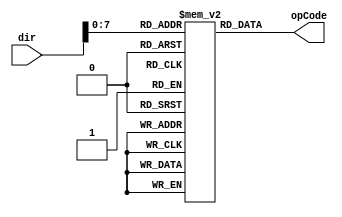
// Wilfer Daniel Ciro Maya - 2023

module flash(dir, opCode);
	// parameters definitions
	parameter BUS_SIZE = 32;
	parameter DIR_SIZE = 32;
	parameter OPC_SIZE = BUS_SIZE;
	
	parameter MEM_SIZE = 255;
	
	// inputs declarations
	input [DIR_SIZE - 1 : 0] dir;
	
	// outputs declarations
	output [OPC_SIZE - 1 : 0] opCode;
	
	// firmware, change for the correct firmware to exec
	reg [OPC_SIZE - 1 : 0] ROM [0 : MEM_SIZE];
	initial
	begin
		//$readmemb("/home/ciro/Documents/Universidad/Semestre9/DDA/ROMMicro.mem", ROM);
		
		ROM[0] = 32'b001111_00000_00001_00000_00000000001; // LUI reg1 = 1 -> para asignar a la salida
		// Assign ports positions
		ROM[1] = 32'b001111_00000_00010_00000_00000000010; // LUI reg2 = 2
		ROM[2] = 32'b001111_00000_00011_00000_00000000011; // LUI reg3 = 3
		ROM[3] = 32'b001111_00000_00100_00000_00000000100; // LUI reg4 = 4
		ROM[4] = 32'b001111_00000_00101_00000_00000000101; // LUI reg5 = 5
		ROM[5] = 32'b001111_00000_00110_00000_00000000110; // LUI reg6 = 6
		ROM[6] = 32'b001111_00000_00111_00000_00000000111; // LUI reg7 = 7
		
		
		ROM[7] = 32'b001111_00000_01000_00000_00000001000; // LUI reg8 = 8 -> pin entrada 8
		ROM[8] = 32'b001111_00000_01001_00000_00000001001; // LUI reg9 = 9 -> pin entrada 8
		ROM[9] = 32'b001111_00000_10001_00000_00000000000; // LUI reg17 = 0 -> para sumar de 0 - 9
		
		ROM[10] = 32'b001111_00000_11010_00000_00000000000; // LUI reg26 = 0 -> para sumar de 0 - 9
				
		/* DELAY TIME */
		ROM[11] = 32'b001111_00000_01011_01111_11111111111; // LUI reg11 = max -> para delay
		
		ROM[12] = 32'b001111_00000_10101_00000_00000000000; // LUI reg21 = 0 -> para delay
		ROM[13] = 32'b001111_00000_10110_00000_00001111111; // LUI reg22 = 21 -> para delay		
		ROM[14] = 32'b000000_00000_00000_00000_00000000000; // NOP
		ROM[15] = 32'b000000_00000_00000_00000_00000000000; // NOP		
		ROM[16] = 32'b001000_10101_10101_00000_00000000001; // reg21 ++	
		ROM[17] = 32'b001000_01011_01011_01111_11111111111; // Reg11 += Reg11
		ROM[18] = 32'b000000_00000_00000_00000_00000000000; // NOP
		ROM[19] = 32'b000000_00000_00000_00000_00000000000; // NOP
		ROM[20] = 32'b000000_00000_00000_00000_00000000000; // NOP
		ROM[21] = 32'b000100_10101_10110_0000000000000011; // BEQ reg21 == reg22 (2) -> Ir a encender
		ROM[22] = 32'b000010_11111_11111_1111111111111001; // Jump (-7)	
		ROM[23] = 32'b000000_00000_00000_00000_00000000000; // NOP
		
	
		/* IDLE */
		ROM[24] = 32'b000000_00000_00000_00000_00000000000; // NOP
		ROM[25] = 32'b000000_00000_00000_00000_00000000000; // NOP		
		ROM[26] = 32'b100011_01000_10000_00000_00000000000; // Reg16 = read_pin_8 (reg2)
		ROM[27] = 32'b000000_00000_00000_00000_00000000000; // NOP
		ROM[28] = 32'b000000_00000_00000_00000_00000000000; // NOP
		ROM[29] = 32'b000000_00000_00000_00000_00000000000; // NOP
		ROM[30] = 32'b000100_00001_10000_0000000000000100; // BEQ reg1 == reg16 (3) -> ir a aumentar
		ROM[31] = 32'b000000_00000_00000_00000_00000000000; // NOP
		ROM[32] = 32'b000010_11111_11111_1111111111111001; // Jump (-7)
		ROM[33] = 32'b000000_00000_00000_00000_00000000000; // NOP
		
		/* DELAY */
		ROM[34] = 32'b001111_00000_01010_00000_00000000000; // LUI reg10 = 0 -> para delay		
		
		ROM[35] = 32'b000000_00000_00000_00000_00000000000; // NOP
		ROM[36] = 32'b000000_00000_00000_00000_00000000000; // NOP
		ROM[37] = 32'b000000_00000_00000_00000_00000000000; // NOP
		
		ROM[38] = 32'b001000_01010_01010_00000_00000000001; // Reg10 ++
		
		ROM[39] = 32'b000000_00000_00000_00000_00000000000; // NOP
		ROM[40] = 32'b000000_00000_00000_00000_00000000000; // NOP
		ROM[41] = 32'b000000_00000_00000_00000_00000000000; // NOP
		ROM[42] = 32'b000100_01011_01010_0000000000000011; // BEQ reg10 == reg11 (2) -> Ir a encender
		ROM[43] = 32'b000010_11111_11111_1111111111111001; // Jump (-7)	
		ROM[44] = 32'b000000_00000_00000_00000_00000000000; // NOP
		
		/*	Aumentar y Encender */
		ROM[45] = 32'b001000_10001_10001_00000_00000000001; // Reg17 ++		
		ROM[46] = 32'b000000_00000_00000_00000_00000000000; // NOP
		ROM[47] = 32'b000000_00000_00000_00000_00000000000; // NOP
		ROM[48] = 32'b000000_00000_00000_00000_00000000000; // NOP
		
		// if 0
		ROM[49] = 32'b000100_00000_10001_0000000000010100; // BEQ reg17 == reg0 (20) / enciende 0
		ROM[50] = 32'b000000_00000_00000_00000_00000000000; // NOP
		
		// if 1
		ROM[51] = 32'b000100_00001_10001_0000000000011011; // BEQ reg17 == reg1 (27) / enciende 1
		ROM[52] = 32'b000000_00000_00000_00000_00000000000; // NOP
		
		// if 2
		ROM[53] = 32'b000100_00010_10001_0000000000100010; // BEQ reg17 == reg2 (34) / enciende 2
		ROM[54] = 32'b000000_00000_00000_00000_00000000000; // NOP
		
		// if 3
		ROM[55] = 32'b000100_00011_10001_0000000000101001; // BEQ reg17 == reg3 (41) / enciende 3
		ROM[56] = 32'b000000_00000_00000_00000_00000000000; // NOP
		
		// if 4
		ROM[57] = 32'b000100_00100_10001_0000000000110000; // BEQ reg17 == reg4 (48) / enciende 3
		ROM[58] = 32'b000000_00000_00000_00000_00000000000; // NOP
		
		// if 5
		ROM[59] = 32'b000100_00101_10001_0000000000110111; // BEQ reg17 == reg5 (55) / enciende 3
		ROM[60] = 32'b000000_00000_00000_00000_00000000000; // NOP
		
		// if 6
		ROM[61] = 32'b000100_00110_10001_0000000000111110; // BEQ reg17 == reg6 (62) / enciende 3
		ROM[62] = 32'b000000_00000_00000_00000_00000000000; // NOP
	
		// if 7
		ROM[63] = 32'b000100_00111_10001_0000000001000101; // BEQ reg17 == reg7 (69) / enciende 3
		ROM[64] = 32'b000000_00000_00000_00000_00000000000; // NOP
	
		// if 8
		ROM[65] = 32'b000100_01000_10001_0000000001001100; // BEQ reg17 == reg8 (76) / enciende 3
		ROM[66] = 32'b000000_00000_00000_00000_00000000000; // NOP
		
		// if 9
		ROM[67] = 32'b000100_01001_10001_0000000001010011; // BEQ reg17 == reg9 (83) / enciende 3
		ROM[68] = 32'b000000_00000_00000_00000_00000000000; // NOP
		
				
		/* Encender */
		// el 0
		ROM[69] = 32'b101011_00000_00001_00000_00000000000; // port0 = reg1
		ROM[70] = 32'b101011_00001_00001_00000_00000000000; // port1 = reg1
		ROM[71] = 32'b101011_00010_00001_00000_00000000000; // port2 = reg1
		ROM[72] = 32'b101011_00011_00001_00000_00000000000; // port3 = reg1
		ROM[73] = 32'b101011_00100_00001_00000_00000000000; // port4 = reg1
		ROM[74] = 32'b101011_00101_00001_00000_00000000000; // port5 = reg1
		ROM[75] = 32'b101011_00110_00000_00000_00000000000; // port6 = reg0
		
		ROM[76] = 32'b000010_11111_11111_1111111111001100; // Jump (-52)
			
		ROM[77] = 32'b000000_00000_00000_00000_00000000000; // NOP
		
		// el 1
		ROM[78] = 32'b101011_00000_00000_00000_00000000000; // port0 = reg0
		ROM[79] = 32'b101011_00001_00001_00000_00000000000; // port1 = reg0
		ROM[80] = 32'b101011_00010_00001_00000_00000000000; // port2 = reg1
		ROM[81] = 32'b101011_00011_00000_00000_00000000000; // port3 = reg1
		ROM[82] = 32'b101011_00100_00000_00000_00000000000; // port4 = reg1
		ROM[83] = 32'b101011_00101_00000_00000_00000000000; // port5 = reg1
		ROM[84] = 32'b101011_00110_00000_00000_00000000000; // port6 = reg1		
		ROM[85] = 32'b000010_11111_11111_1111111111000011; // Jump (-61)			
		ROM[86] = 32'b000000_00000_00000_00000_00000000000; // NOP
	
		// el 2
		ROM[87] = 32'b101011_00000_00001_00000_00000000000; // port7 = reg0
		ROM[88] = 32'b101011_00001_00001_00000_00000000000; // port1 = reg0
		ROM[89] = 32'b101011_00010_00000_00000_00000000000; // port2 = reg1
		ROM[90] = 32'b101011_00011_00001_00000_00000000000; // port3 = reg1
		ROM[91] = 32'b101011_00100_00001_00000_00000000000; // port4 = reg1
		ROM[92] = 32'b101011_00101_00000_00000_00000000000; // port5 = reg1
		ROM[93] = 32'b101011_00110_00001_00000_00000000000; // port6 = reg1
		
		ROM[94] = 32'b000010_11111_11111_1111111110111010; // Jump (-70)
			
		ROM[95] = 32'b000000_00000_00000_00000_00000000000; // NOP
		
		// el 3
		ROM[96] = 32'b101011_00000_00001_00000_00000000000; // port7 = reg0
		ROM[97] = 32'b101011_00001_00001_00000_00000000000; // port1 = reg0
		ROM[98] = 32'b101011_00010_00001_00000_00000000000; // port2 = reg1
		ROM[99] = 32'b101011_00011_00001_00000_00000000000; // port3 = reg1
		ROM[100] = 32'b101011_00100_00000_00000_00000000000; // port4 = reg1
		ROM[101] = 32'b101011_00101_00000_00000_00000000000; // port5 = reg1
		ROM[102] = 32'b101011_00110_00001_00000_00000000000; // port6 = reg1		
		ROM[103] = 32'b000010_11111_11111_1111111110110001; // Jump (-79)			
		ROM[104] = 32'b000000_00000_00000_00000_00000000000; // NOP
		
		// el 4
		ROM[105] = 32'b101011_00000_00000_00000_00000000000; // port7 = reg0
		ROM[106] = 32'b101011_00001_00001_00000_00000000000; // port1 = reg0
		ROM[107] = 32'b101011_00010_00001_00000_00000000000; // port2 = reg1
		ROM[108] = 32'b101011_00011_00000_00000_00000000000; // port3 = reg1
		ROM[109] = 32'b101011_00100_00000_00000_00000000000; // port4 = reg1
		ROM[110] = 32'b101011_00101_00001_00000_00000000000; // port5 = reg1
		ROM[111] = 32'b101011_00110_00001_00000_00000000000; // port6 = reg1
		ROM[112] = 32'b000010_11111_11111_1111111110101000; // Jump (-88)			
		ROM[113] = 32'b000000_00000_00000_00000_00000000000; // NOP
		
		// el 5
		ROM[114] = 32'b101011_00000_00001_00000_00000000000; // port7 = reg0
		ROM[115] = 32'b101011_00001_00000_00000_00000000000; // port1 = reg0
		ROM[116] = 32'b101011_00010_00001_00000_00000000000; // port2 = reg1
		ROM[117] = 32'b101011_00011_00001_00000_00000000000; // port3 = reg1
		ROM[118] = 32'b101011_00100_00000_00000_00000000000; // port4 = reg1
		ROM[119] = 32'b101011_00101_00001_00000_00000000000; // port5 = reg1
		ROM[120] = 32'b101011_00110_00001_00000_00000000000; // port6 = reg1		
		ROM[121] = 32'b000010_11111_11111_1111111110011111; // Jump (-97)			
		ROM[122] = 32'b000000_00000_00000_00000_00000000000; // NOP
		
		// el 6
		ROM[123] = 32'b101011_00000_00001_00000_00000000000; // port7 = reg0
		ROM[124] = 32'b101011_00001_00000_00000_00000000000; // port1 = reg0
		ROM[125] = 32'b101011_00010_00001_00000_00000000000; // port2 = reg1
		ROM[126] = 32'b101011_00011_00001_00000_00000000000; // port3 = reg1
		ROM[127] = 32'b101011_00100_00001_00000_00000000000; // port4 = reg1
		ROM[128] = 32'b101011_00101_00001_00000_00000000000; // port5 = reg1
		ROM[129] = 32'b101011_00110_00001_00000_00000000000; // port6 = reg1		
		ROM[130] = 32'b000010_11111_11111_1111111110010110; // Jump (-106)			
		ROM[131] = 32'b000000_00000_00000_00000_00000000000; // NOP
		
		// el 7
		ROM[132] = 32'b101011_00000_00001_00000_00000000000; // port7 = reg0
		ROM[133] = 32'b101011_00001_00001_00000_00000000000; // port1 = reg0
		ROM[134] = 32'b101011_00010_00001_00000_00000000000; // port2 = reg1
		ROM[135] = 32'b101011_00011_00000_00000_00000000000; // port3 = reg1
		ROM[136] = 32'b101011_00100_00000_00000_00000000000; // port4 = reg1
		ROM[137] = 32'b101011_00101_00000_00000_00000000000; // port5 = reg1
		ROM[138] = 32'b101011_00110_00000_00000_00000000000; // port6 = reg1		
		ROM[139] = 32'b000010_11111_11111_1111111110001101; // Jump (-115)			
		ROM[140] = 32'b000000_00000_00000_00000_00000000000; // NOP
		
		// el 8
		ROM[141] = 32'b101011_00000_00001_00000_00000000000; // port7 = reg0
		ROM[142] = 32'b101011_00001_00001_00000_00000000000; // port1 = reg0
		ROM[143] = 32'b101011_00010_00001_00000_00000000000; // port2 = reg1
		ROM[144] = 32'b101011_00011_00001_00000_00000000000; // port3 = reg1
		ROM[145] = 32'b101011_00100_00001_00000_00000000000; // port4 = reg1
		ROM[146] = 32'b101011_00101_00001_00000_00000000000; // port5 = reg1
		ROM[147] = 32'b101011_00110_00001_00000_00000000000; // port6 = reg1		
		ROM[148] = 32'b000010_11111_11111_1111111110000100; // Jump (-124)			
		ROM[149] = 32'b000000_00000_00000_00000_00000000000; // NOP
		
		// el 9
		ROM[150] = 32'b101011_00000_00001_00000_00000000000; // port7 = reg0
		ROM[151] = 32'b101011_00001_00001_00000_00000000000; // port1 = reg0
		ROM[152] = 32'b101011_00010_00001_00000_00000000000; // port2 = reg1
		ROM[153] = 32'b101011_00011_00001_00000_00000000000; // port3 = reg1
		ROM[154] = 32'b101011_00100_00000_00000_00000000000; // port4 = reg1
		ROM[155] = 32'b101011_00101_00001_00000_00000000000; // port5 = reg1
		ROM[156] = 32'b101011_00110_00001_00000_00000000000; // port6 = reg1		
		ROM[157] = 32'b001111_00000_10001_00000_00000000000; // LUI reg17 = 0 -> para sumar de 0 - 9
					
		ROM[158] = 32'b001000_11010_11010_00000_00000000001; // Reg26 ++	
		ROM[159] = 32'b000000_00000_00000_00000_00000000000; // NOP			
		ROM[160] = 32'b000000_00000_00000_00000_00000000000; // NOP			
		ROM[161] = 32'b000000_00000_00000_00000_00000000000; // NOP
		
		ROM[162] = 32'b101011_00111_11010_00000_00000000000; // port7 = reg26
		ROM[163] = 32'b000010_11111_11111_1111111101110101; // Jump (-135)			
		ROM[164] = 32'b000000_00000_00000_00000_00000000000; // NOP
		
	end
	/*
	integer i;
	initial begin
		for (i = 0; i <= MEM_SIZE; i = i + 1)
			ROM[i] = 32'b0;
		ROM[0] = 32'b101011_01010_000000000000001000000;
		ROM[1] = 32'b100011_01010_000000000000000010000;
		ROM[2] = 32'b101011_01010_000000000000000000100;
		ROM[3] = 32'b100010_01010_000000000000000000010;
		ROM[4] = 32'b101011_01010_000000000000001000000;
	end
	*/
	// Data flow	
	assign opCode = ROM[dir];
endmodule